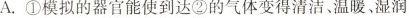
A.①模拟的器官能使到达②的气体变得清洁、温暖、湿润